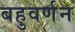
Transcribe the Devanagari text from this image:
बहुवर्णन